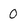
Character: 0